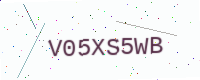
Text: V05XS5WB